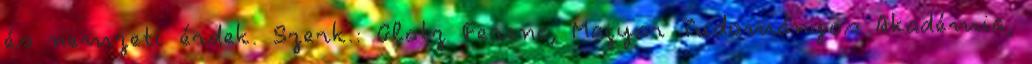
és nemzeti érdek. Szerk.: Glatz Ferenc, Magyar Tudományos Akadémia,